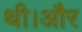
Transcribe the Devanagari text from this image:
थी।और